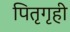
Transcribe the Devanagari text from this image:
पितृगृही